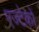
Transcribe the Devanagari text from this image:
एज्टेकों